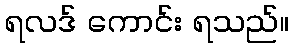
ရလဒ် ကောင်း ရသည်။